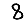
Digit: 8